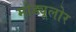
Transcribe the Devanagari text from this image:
मोड्यूलोर